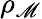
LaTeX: \rho_{\mathscr{M}}